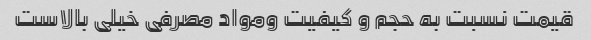
قیمت نسبت به حجم و کیفیت ومواد مصرفی خیلی بالاست